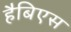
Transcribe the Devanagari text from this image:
हैबिएस